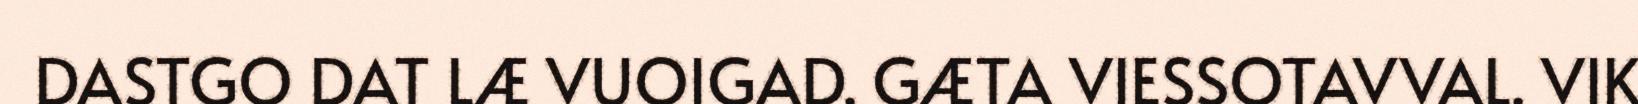
DASTGO DAT LÆ VUOIGAD. GÆTA VIESSOTAVVAL. VIK